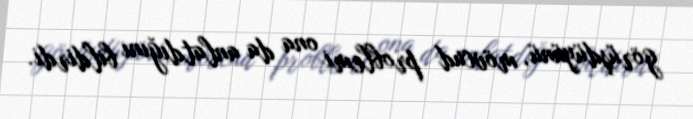
görüşdüyünü, mövcud problemi ona da anlatdığını bildirdi.